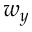
w _ { y }